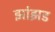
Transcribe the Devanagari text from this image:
झांझड